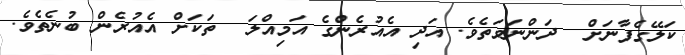
ކަލޭގެފާނަށް  ދަންނަވަތެވެ. އަދި އެއުރެންގެ އަމިއްލަ  ތަކަށް އެއުރެން ބުނެތެވެ.